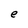
Character: e